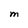
Character: M